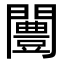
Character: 闦